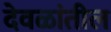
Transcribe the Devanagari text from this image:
देवळांतील